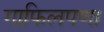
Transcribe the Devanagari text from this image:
गाफिलपणा